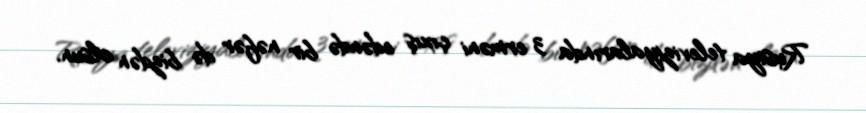
Rusiya televiziyalarında 3 erməni çıxış edəndə bir nəfər də bizdən olsun.